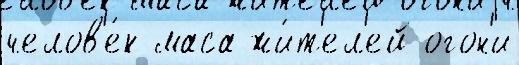
челов'е́к маса жи́т'ел'ей огон'и